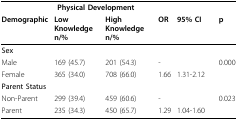
<table><thead><tr><td colspan="6"><b>Physical Development</b></td></tr><tr><td><b>Demographic</b></td><td><b>Low Knowledgen/%</b></td><td><b>High Knowledgen/%</b></td><td><b>OR</b></td><td><b>95% CI</b></td><td><b>p</b></td></tr></thead><tbody><tr><td><b>Sex</b></td><td></td><td></td><td></td><td></td><td></td></tr><tr><td>Male</td><td>169 (45.7)</td><td>201 (54.3)</td><td>-</td><td></td><td>0.000</td></tr><tr><td>Female</td><td>365 (34.0)</td><td>708 (66.0)</td><td>1.66</td><td>1.31-2.12</td><td></td></tr><tr><td><b>Parent Status</b></td><td></td><td></td><td></td><td></td><td></td></tr><tr><td>Non-Parent</td><td>299 (39.4)</td><td>459 (60.6)</td><td>-</td><td></td><td>0.023</td></tr><tr><td>Parent</td><td>235 (34.3)</td><td>450 (65.7)</td><td>1.29</td><td>1.04-1.60</td><td></td></tr></tbody></table>